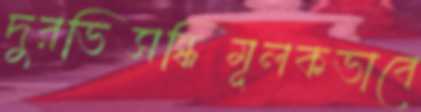
দুরভিসন্ধিমূলকভাবে